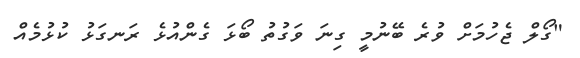
"ގޯލް ޖެހުމަށް ވުރެ ބޭނުމީ ގިނަ ވަގުތު ބޯޅަ ގެންއުޅެ ރަނގަޅު ކުޅުމެއް